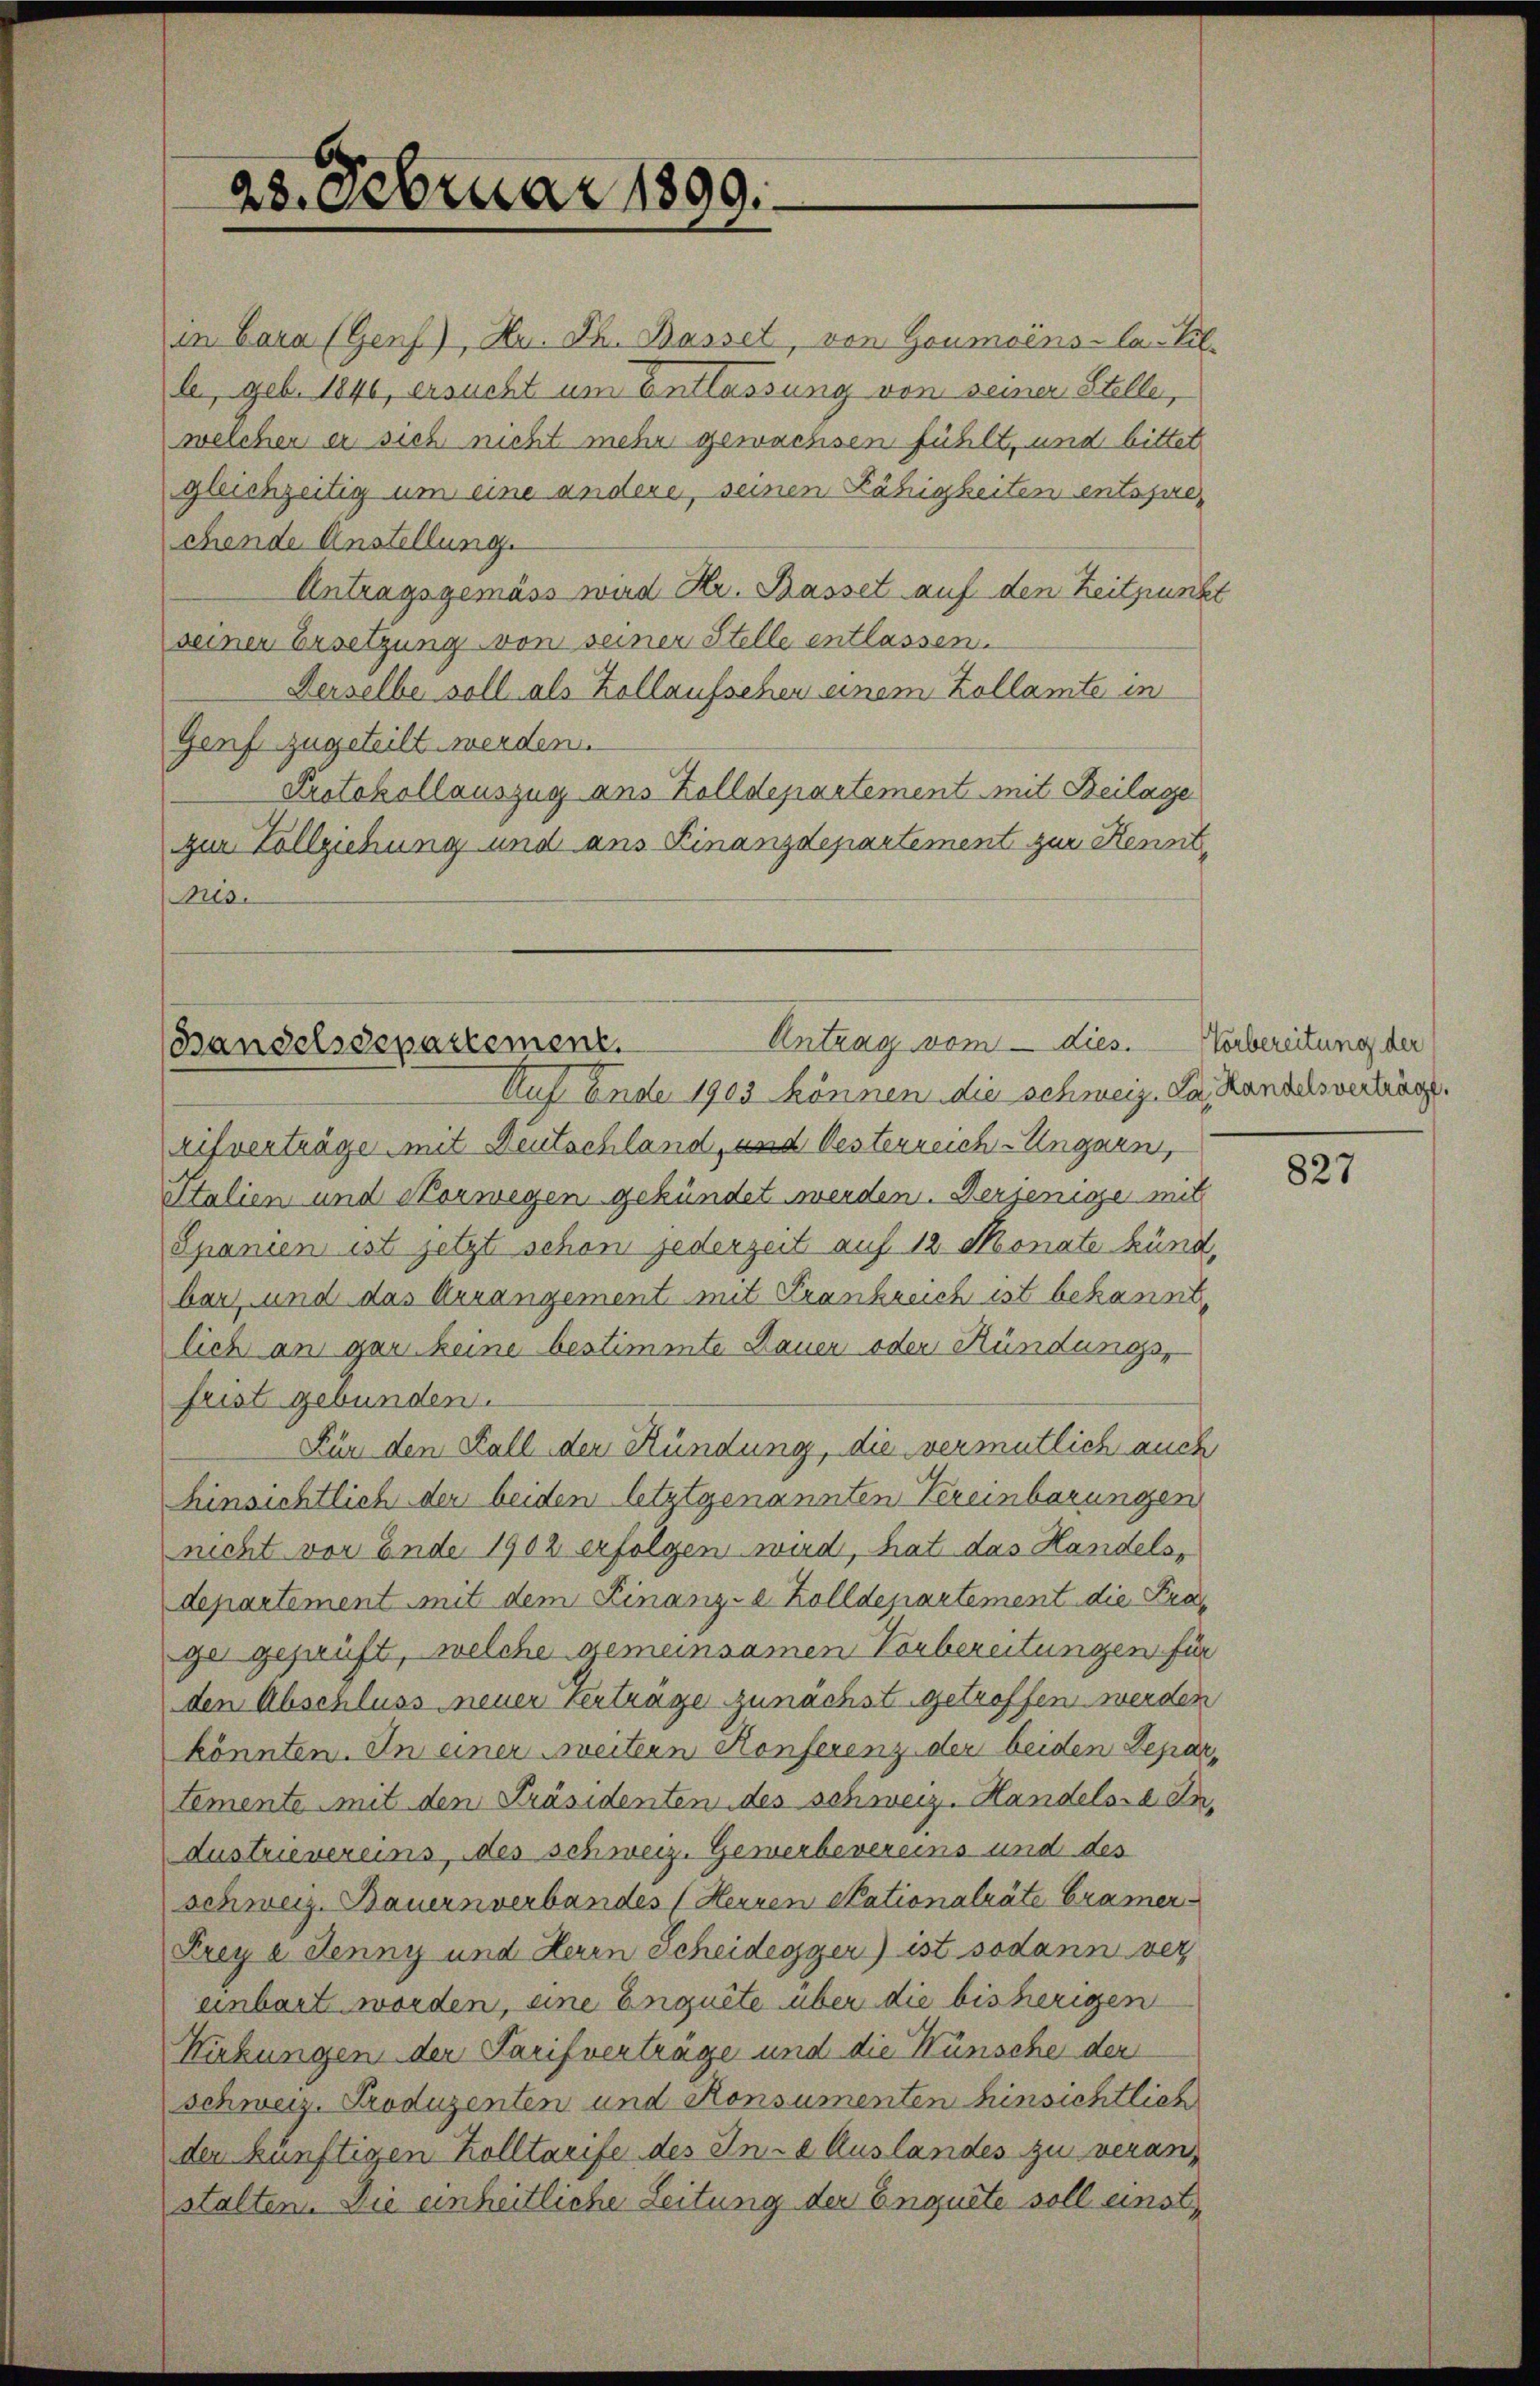
28. Februar 1899.

Antrag vom   dies.
Bandelsdepartement.
Auf Ende 1903 können die schweiz. Ja, Handelsverträge.

in Cara (Genf), Hr. Th. Basset, von Goumoins-La-Bil-
le, geb. 1840, ersucht um Entlassung von seiner Stelle,
welchen er sich nicht mehr gewachsen fühlt, und bittet
gleichzeitig um eine andere, seinen Fähigkeiten entsprechende Anstellung.
Antragsgemäss wird Hr. Basset auf den Zeitpunkt
seiner Ersetzung von seiner Stelle entlassen.
Ferselbe soll als Zollaufsehen einem Zollamte in
Genf zugeteilt werden.
Protokollauszug aus Zolldepartement mit Beilage
ur Vollziehung und aus Finanzdepartement zur Kennt¬
Mis.

rifverträge mit Deutschland, und Oesterreich-Ungarn,
Italien und Vorwegen gekündet werden. Derjenige mit
Spanien ist jetzt schon jederzeit auf 12 Monate künd,
bar, und das Arrangement mit Frankreich ist bekannt
lich an gar keine bestimmte Dauer oder Kündungs-
frist gebunden.
Für den Fall den Kündung, die vermutlich auch
hinsichtlich der beiden letztgenannten Vereinbarungen
nicht vor Ende 1902 erfolgen wird, hat das Handels-
departement mit dem Finanz-a Zolldepartement die Prägei gesanft, welche gemeinsamen Vorbereitungen für
den Abschluss neuer Verträge zunächst getroffen werden
könnten. In einer weitern Konferenz der beiden Departemente mit den Präsidenten des schweiz. Handels. In¬
Austrievereins, des schweiz. Gewerbevereins und des
schweiz. Bauernverbandes (Herren Stationalräte Cramer
Frey e Jenny und Herrn Scheidegger) ist sodann ver
einbart worden, eine Enguite über die bisherigen
Hinkungen der Tarifverträge und die Wünsche der
schweiz. Produzenten und Konsumenten hinsichtlich
der künftigen Zolltarife des In- Auslandes zu veranstalten. Die einheitliche Leitung der Enguete soll einst

Vorbereitung der

827